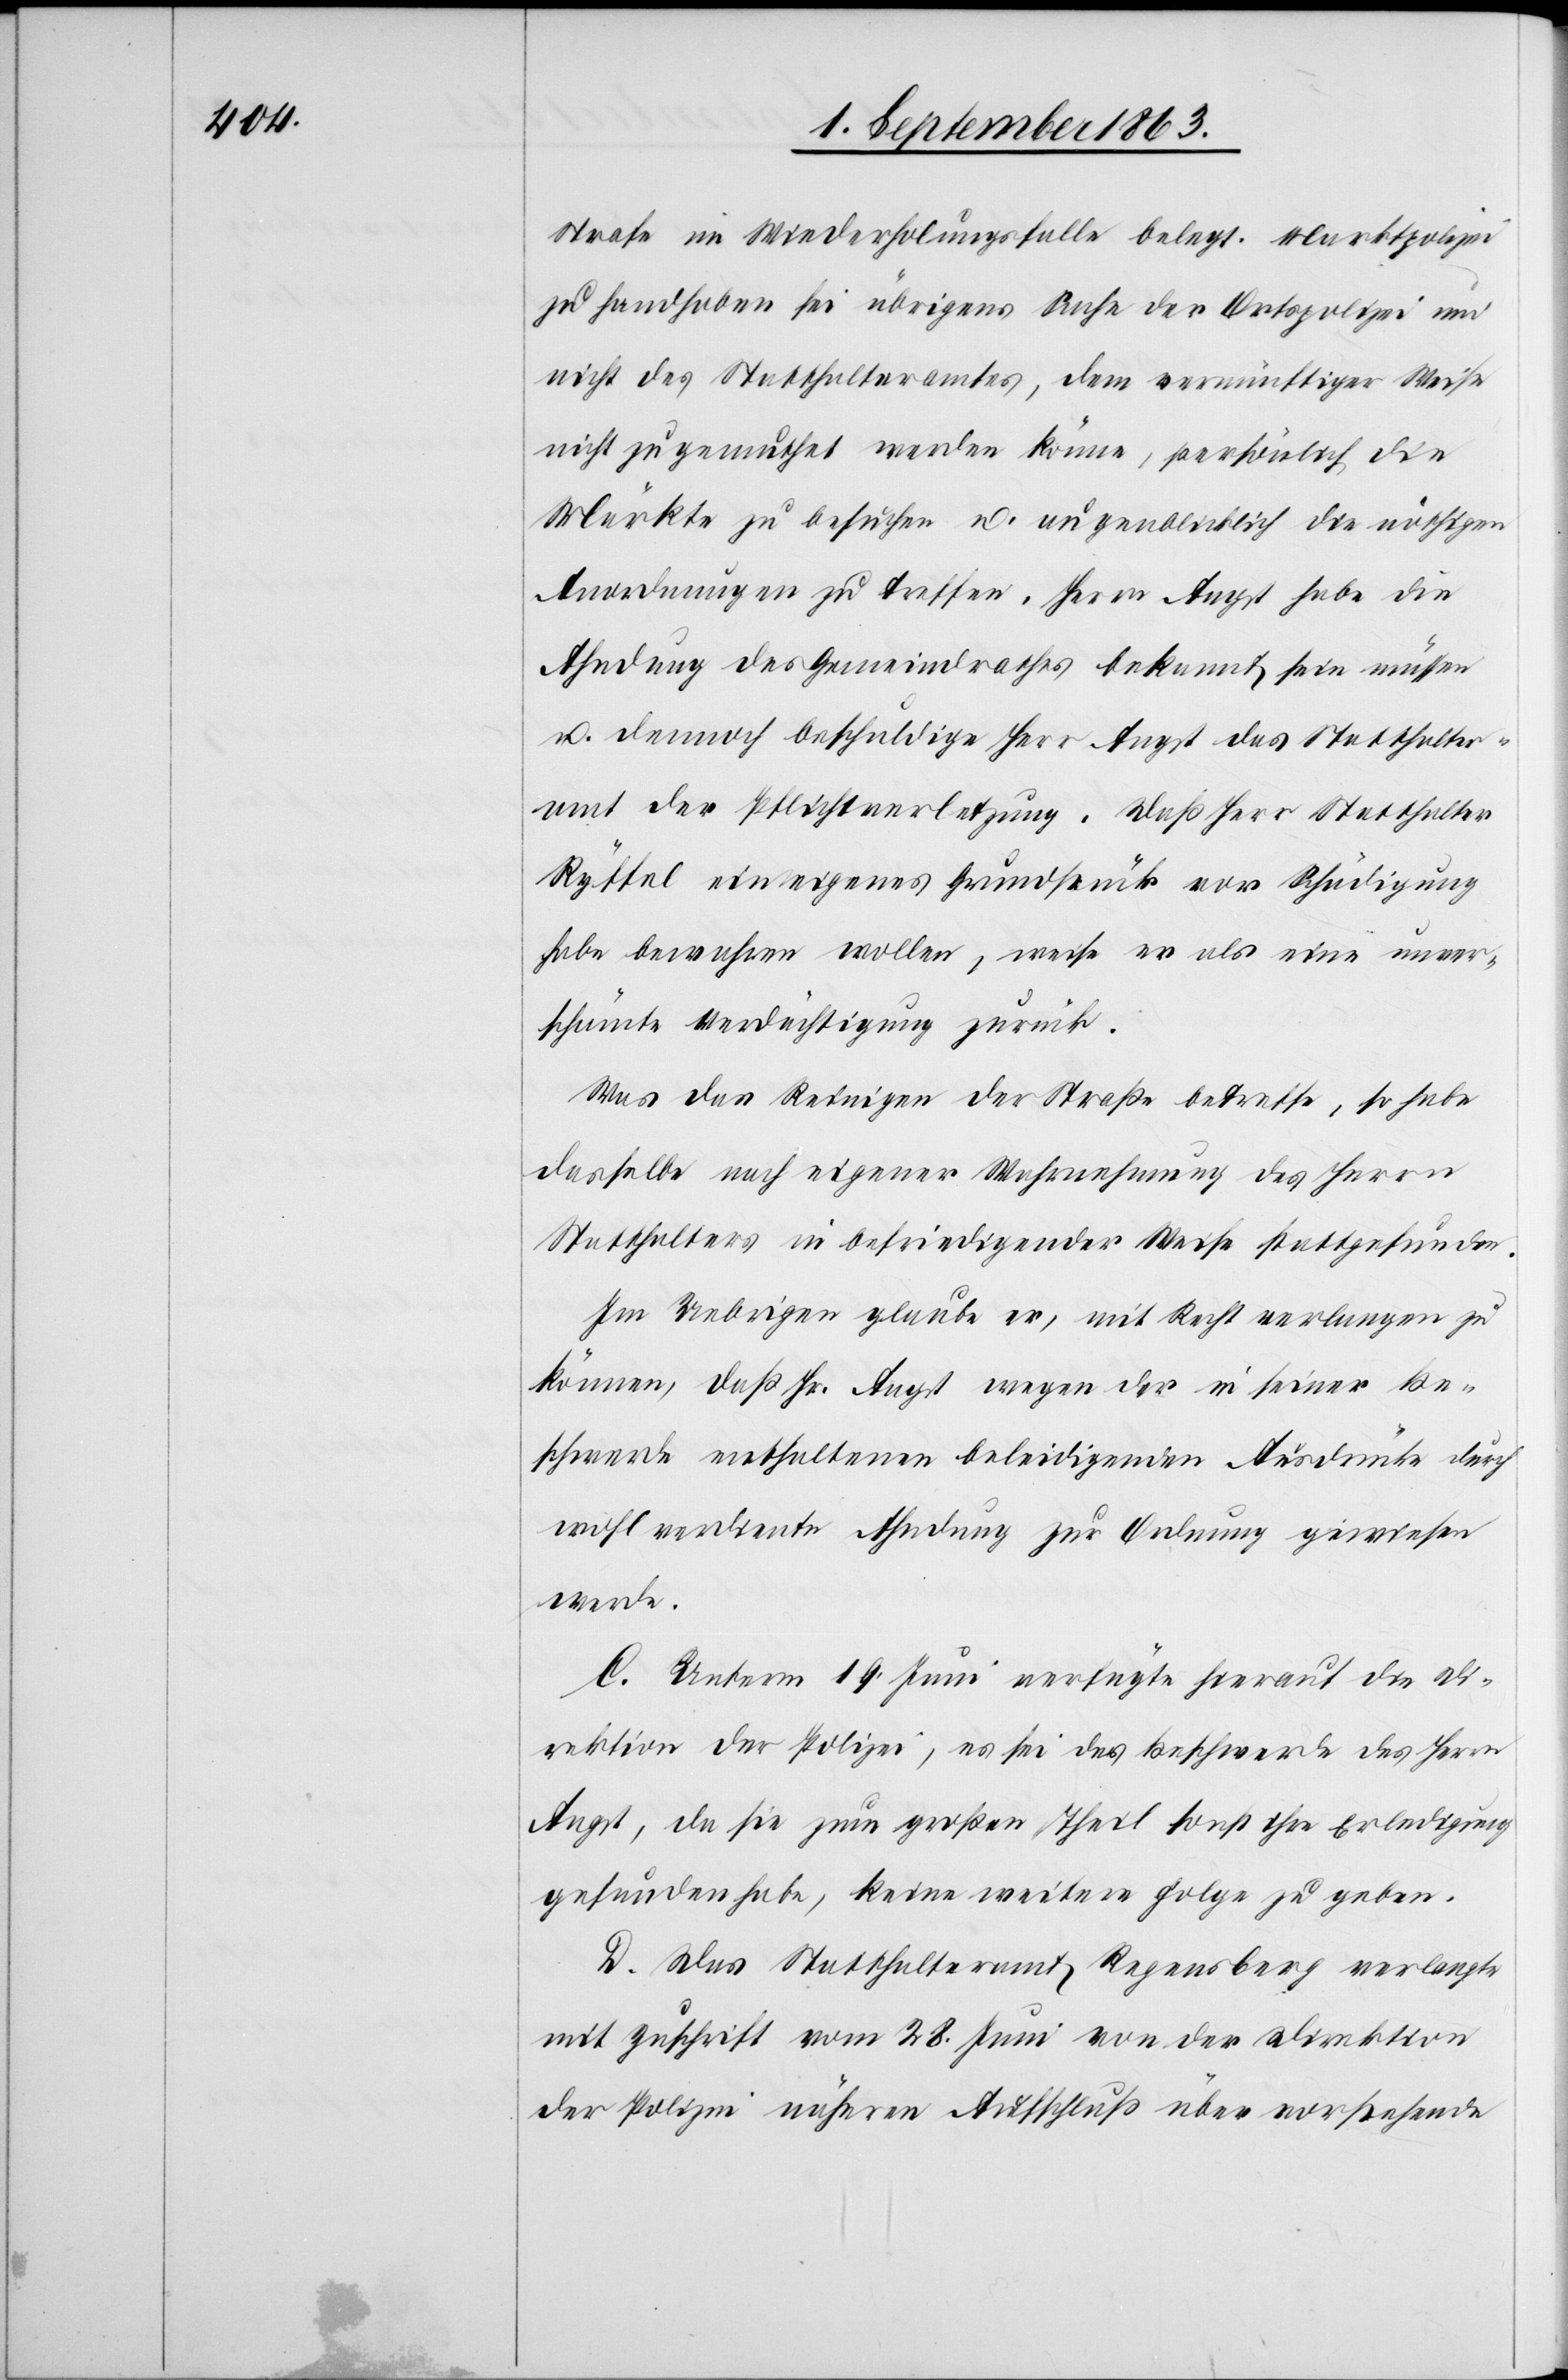
Strafe im Wiederholungsfalle belegt. Marktpolizei
zu handhaben sei übrigens Sache der Ortspolizei und
nicht des Statthalteramtes, dem vernünftiger Weise
nicht zugemuthet werden könne, persönlich die
Märkte zu besuchen u. augenblicklich die nöthigen
Anordnungen zu treffen. Herrn Angst habe die
Ahndung des Gemeindrathes bekannt sein müssen
u. dennoch beschuldige Herr Angst das Statthalter¬
amt der Pflichtverletzung. Daß Herr Statthalter
Ryffel ein eigenes Grundstück vor Schädigung
habe bewahren wollen, weise er als eine unver¬
schämte Verdächtigung zurück.
Was das Reinigen der Straße betreffe, so habe
dasselbe nach eigener Wahrnehmung des Herrn
Statthalters in befriedigender Weise stattgefunden.
Im Uebrigen glaube er, mit Recht verlangen zu
können, daß Hr. Angst wegen der in seiner Be¬
schwerde enthaltenen beleidigenden Ausdrücke durch
wohl verdiente Ahndung zur Ordnung gewiesen
werde.
C. Unterm 19. Juni verfügte hierauf die Di¬
rektion der Polizei, es sei der Beschwerde des Herrn
Angst, da sie zum großen Theil sonst ihre Erledigung
gefunden habe, keine weitere Folge zu geben.
D. Das Statthalteramt Regensberg verlangte
mit Zuschrift vom 28. Juni von der Direktion
der Polizei näheren Aufschluß über vorstehende